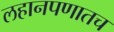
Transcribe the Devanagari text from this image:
लहानपणातच